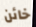
خائن